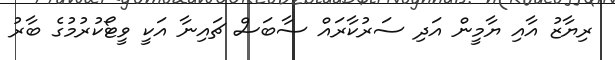
ރިޔާޒު އާއި ޔާމީން އަދި ސަރުކާރައް ސާބަސް ޗައިނާ އަކީ ވީޓޯކުރުމުގެ ބާރު